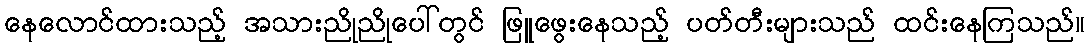
နေလောင်ထားသည့် အသားညိုညိုပေါ်တွင် ဖြူဖွေးနေသည့် ပတ်တီးများသည် ထင်းနေကြသည်။